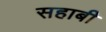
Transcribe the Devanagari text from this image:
सहाबी